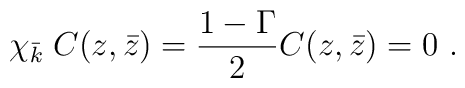
\chi_{\bar k}\; C (z, \bar z) = {1 - \Gamma \over  2}   C (z, \bar z) =0 \ .